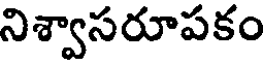
నిశ్వాసరూపకం